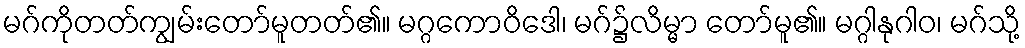
မဂ်ကိုတတ်ကျွမ်းတော်မူတတ်၏။ မဂ္ဂကောဝိဒေါ၊ မဂ်၌လိမ္မာ တော်မူ၏။ မဂ္ဂါနုဂါဝ၊ မဂ်သို့